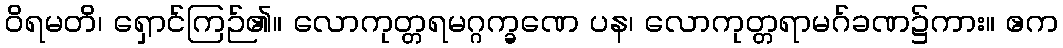
ဝိရမတိ၊ ရှောင်ကြဉ်၏။ လောကုတ္တရမဂ္ဂက္ခဏေ ပန၊ လောကုတ္တရာမဂ်ခဏ၌ကား။ ဧက